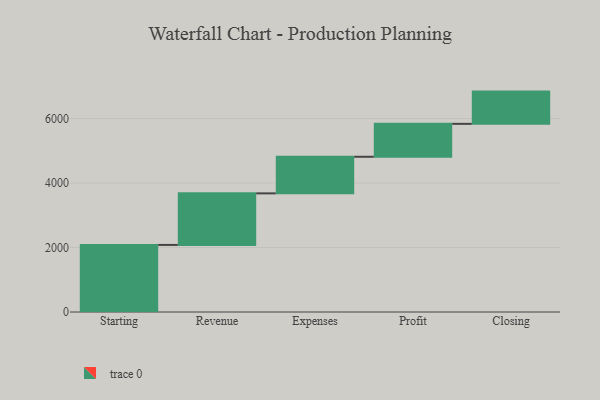
{"axis": {"x": "Step", "y": "Value"}, "legend": [""], "data": [{"x": "Starting", "y": 2080.0, "type": ""}, {"x": "Revenue", "y": 1599.0, "type": ""}, {"x": "Expenses", "y": 1135.0, "type": ""}, {"x": "Profit", "y": 1021.0, "type": ""}, {"x": "Closing", "y": 1000, "type": ""}]}